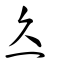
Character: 灸